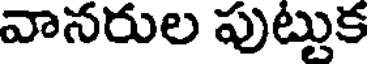
వానరుల పుట్టుక